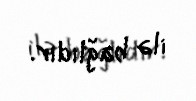
ilə bağlıdır.